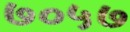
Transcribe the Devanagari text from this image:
७०५७